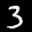
Label: 3